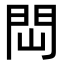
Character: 閊